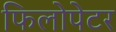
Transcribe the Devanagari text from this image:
फिलोपेटर